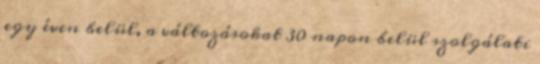
egy éven belül, a változásokat 30 napon belül szolgálati